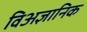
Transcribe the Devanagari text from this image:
विअज्ञानिक